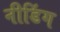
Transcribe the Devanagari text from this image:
नीडिंग